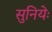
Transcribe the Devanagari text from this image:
सुनियेः